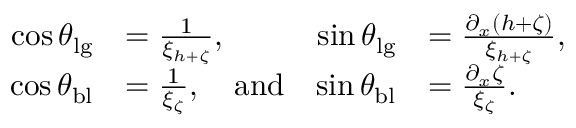
\begin{array} { r l r l } { \cos \theta _ { \mathrm { l g } } } & { = \frac { 1 } { \xi _ { h + \zeta } } , } & { \sin \theta _ { \mathrm { l g } } } & { = \frac { \partial _ { x } ( h + \zeta ) } { \xi _ { h + \zeta } } , } \\ { \cos \theta _ { \mathrm { b l } } } & { = \frac { 1 } { \xi _ { \zeta } } , \quad \mathrm { a n d } } & { \sin \theta _ { \mathrm { b l } } } & { = \frac { \partial _ { x } \zeta } { \xi _ { \zeta } } . } \end{array}